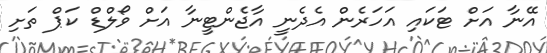
އޭނާ އަށް ޓަކައި އަހަރެން އެދެނީ އާޖެންޓީނާ އަށް ވޯލްޑް ކަޕް ތަށި